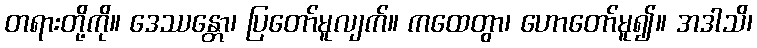
တရားတို့ကို။ ဒေဿန္တော၊ ပြတော်မူလျက်။ ကထေတွာ၊ ဟောတော်မူ၍။ အဒါသိ၊